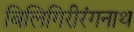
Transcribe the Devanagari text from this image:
बिलिगिरीरंगनाथ